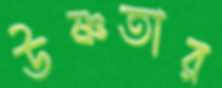
উষ্ণতার